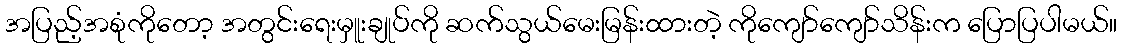
အပြည့်အစုံကိုတော့ အတွင်းရေးမှူးချုပ်ကို ဆက်သွယ်မေးမြန်းထားတဲ့ ကိုကျော်ကျော်သိန်းက ပြောပြပါမယ်။